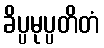
ခိပ္ပမုပ္ပတိတံ